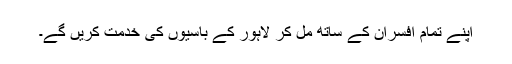
اپنے تمام افسران کے ساتھ مل کر لاہور کے باسیوں کی خدمت کریں گے۔